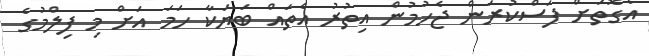
އެގޮތަށް ފަސްކުރަން ޖެހުމުން އިތުރު އެތައް ބަޔަކާ ހަމަ އަށް މި ފިލްމުގެ